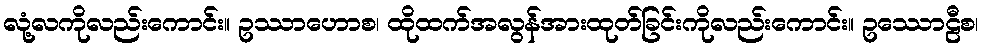
လုံ့လကိုလည်းကောင်း။ ဥဿာဟောစ၊ ထိုထက်အလွန်အားထုတ်ခြင်းကိုလည်းကောင်း။ ဥဿောဠီစ၊